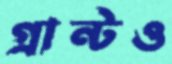
গ্রান্টও